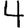
Digit: 4